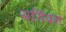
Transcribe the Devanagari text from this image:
सर्गियस